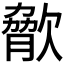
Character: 𣣲